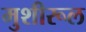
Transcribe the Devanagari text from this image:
मुशीरूल